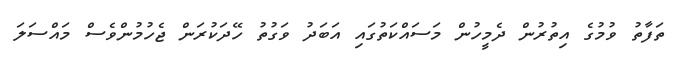
ތަފާތު ވުމުގެ އިތުރުން ދެމީހުން މަސައްކަތުގައި އަބަދު ވަގުތު ހޭދަކުރަން ޖެހުމުންވެސް މައްސަލަ